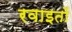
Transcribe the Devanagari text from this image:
रवाइतों